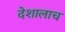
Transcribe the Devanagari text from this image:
देशालाच